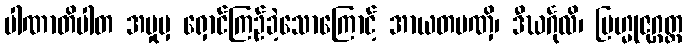
ပါဏာတိပါတ အမှုမှ ရှောင်ကြဉ်ခဲ့သောကြောင့် အာယတပဏှိ၊ ဒီဃင်္ဂုလိ၊ ဗြဟ္မုဇုဂ္ဂတ္တ